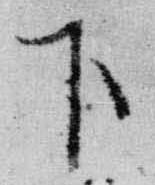
下